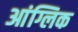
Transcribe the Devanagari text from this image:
आंग्लिक